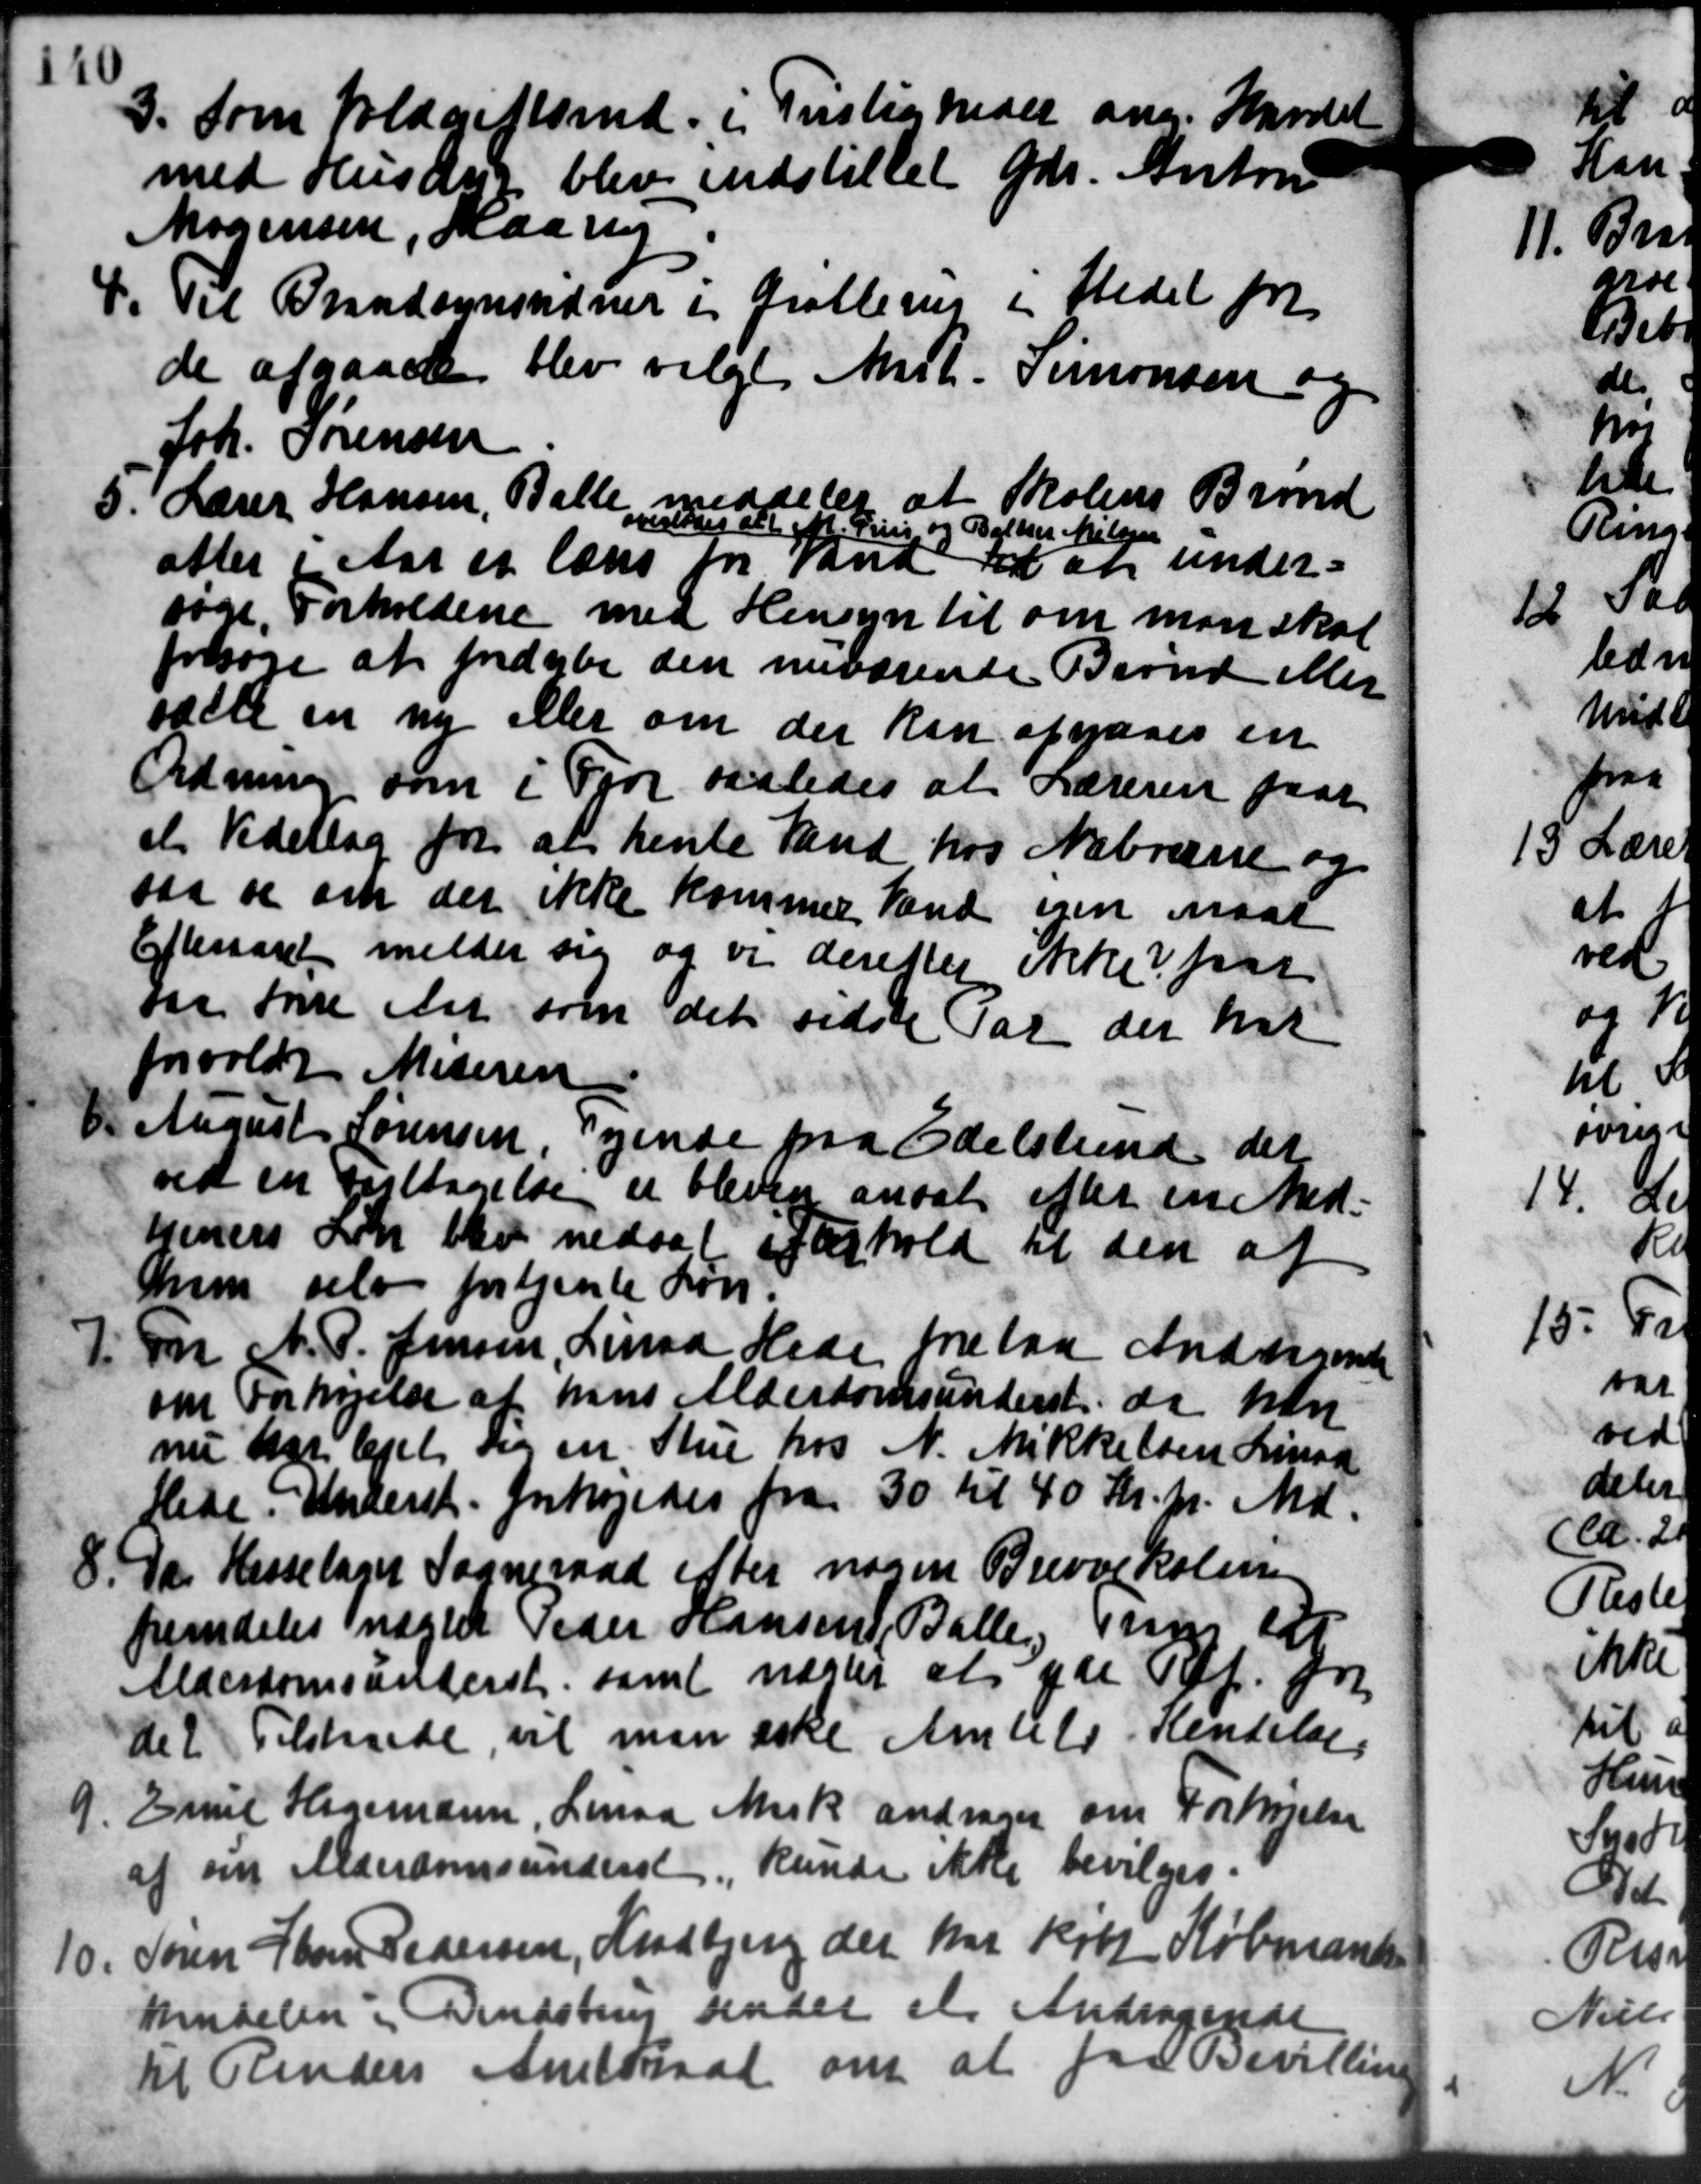
Transskription:
3. Som Voldgiftsmd. i Prisligheder ang. Havde
3. Som Voldgiftsmd. i Prisligheder ang. Havde
med Husdyr blev indstillet Gdr. Anton
Mogensen, saalig
4. Til Brandsynsndner i Grollerup i Stedet for
4. Til Brandsynsndner i Grollerup i Stedet for
de afgaaede blev valgt Mark. Simonsen og
Joh. Sørensen
5.
Lærer Hansen, Balle meddeles at Skolens Brønd
overlodes at f. Priis og Baller Nielsen
attes i Aar et læns for Pana til at under-
søge Forholdene med Hensyn til om man skal
forsøge at fordybe den nuværende Brønd eller
salle en ny eller om der kan afgaves en
Ordning som i Tror saaledes at Læreren faar
et Vedellag for at hente Vand hos Nabræsse og
saa de om der ikke kommer Vand ejen naar
Efteraaret melder sig og er derettes ikke faar
var føre Art som det sidste Tal der har
forvoldt Moderen
D. August Sørensen, Tyende paa Edelslund det
D. August Sørensen, Tyende paa Edelslund det
ved en foretagelse er bleven ansat efter en Med-
tiners Løn blev nedsat efterhold til den af
hun selv fortjente Løn.

Fr N. P. Jensen, Linad Hede Belaa Andragende
om Forhøjelse af hans Alderdomsunderst da han
nu har lejet sig en Stue hos N. Mikkelsen Linaa
Hede. Underst. forhøjedes fra 30 til 40 Kr. pr. Md.
8. Da Hesselager Sogneraad efter nogen Brevvekolen
8. Da Hesselager Sogneraad efter nogen Brevvekolen
fremdeles nægter Peder Hansen, Balle nu er
Alderdomsunderst samt næster at yde Ref. fra
det Tilskude, vil man iske Amtets Kendelse
9. Emil Hagemann, Linaa Mark andrager om Forhøjelse
9. Emil Hagemann, Linaa Mark andrager om Forhøjelse
af en Alderdomsunderst kunde ikke bevilges.
10.
Søren Thor Pedersen, Hadbjerg der har købt Købmande
Medelen i Bendstrup sendet et Andragende
til Renders Amtsraad om at faa Bev